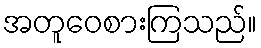
အတူဝေစားကြသည်။